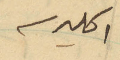
اكليرسه